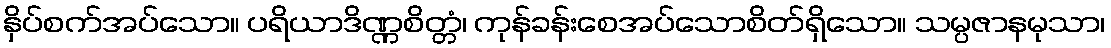
နှိပ်စက်အပ်သော။ ပရိယာဒိဏ္ဏစိတ္တံ၊ ကုန်ခန်းစေအပ်သောစိတ်ရှိသော။ သမ္ပဇာနမုသာ၊